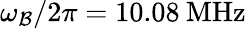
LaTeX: \omega_{\mathcal{B}}/2\pi=10.08\mathrm{{\: MHz}}